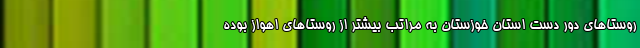
روستاهای دور دست استان خوزستان به مراتب بیشتر از روستاهای اهواز بوده